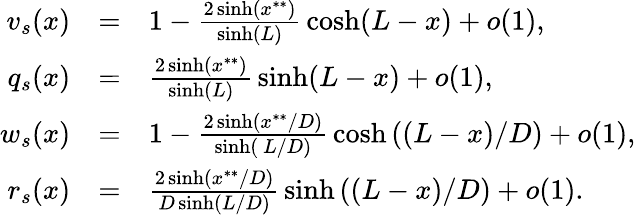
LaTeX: \begin{array}{rclrcl}{v_{s}(x)}&{=}&{1-\frac{2\sinh(x^{**})}{\sinh(L)}\, \cosh(L-x)+o(1),}\\ {q_{s}(x)}&{=}&{\frac{2\sinh(x^{**})}{\sinh(L)}\, \sinh(L-x)+o(1),}\\ {w_{s}(x)}&{=}&{1-\frac{2\sinh\left(x^{**}/D\right)}{\sinh\left(\ L/D\right)}\, \cosh\left((L-x)/D\right)+o(1),}\\ {r_{s}(x)}&{=}&{\frac{2\sinh\left(x^{**}/D\right)}{D\sinh\left(L/D\right)}\, \sinh\left((L-x)/D\right)+o(1).}\end{array}